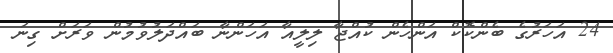
24 އަހަރުގެ ބެންކޮކް އަންހެން ކުއްޖާ ލިލީއާ އަހަންނާ ބައްދަލުވުމުން ވަރަށް ގިނަ